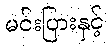
မင်းပြားနှင့်